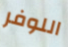
اللوفر